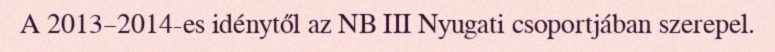
A 2013–2014-es idénytől az NB III Nyugati csoportjában szerepel.